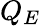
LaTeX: Q_{E}